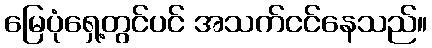
မြေပုံရှေ့တွင်ပင် အသက်ငင်နေသည်။